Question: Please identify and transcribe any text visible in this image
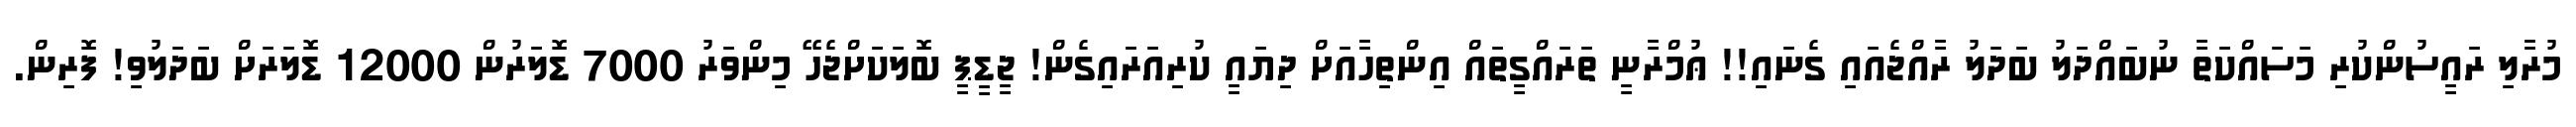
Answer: މުރާލި ރައީސުންކުރި މަސައްކަތާ ނުބައްދަލު ބަދަލު ރާއްޖެއައި ގެނައި!! ޢުމްރާނީ ތަރައްގީތައް އިންތިހާއަށް ދިޔައީ ކުރިއަރައިގެން! ޖީޑީޕީ ބޮލަކަށްޖެހޭ މިންވަރު 7000 ޑޮލަރުން 12000 ޑޮލަރަށް ބަދަލުވި! ފޮރިން.